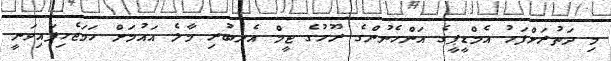
މި ދަތުރަށްފަހު އެމްޑީޕީގެ އަންހެނުންގެ ރޫހުގެ ޓީމް އެނބުރި މާލެ އައުމަށް ހަމަޖެހިފައިވަނީ